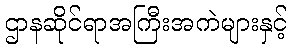
ဌာနဆိုင်ရာအကြီးအကဲများနှင့်